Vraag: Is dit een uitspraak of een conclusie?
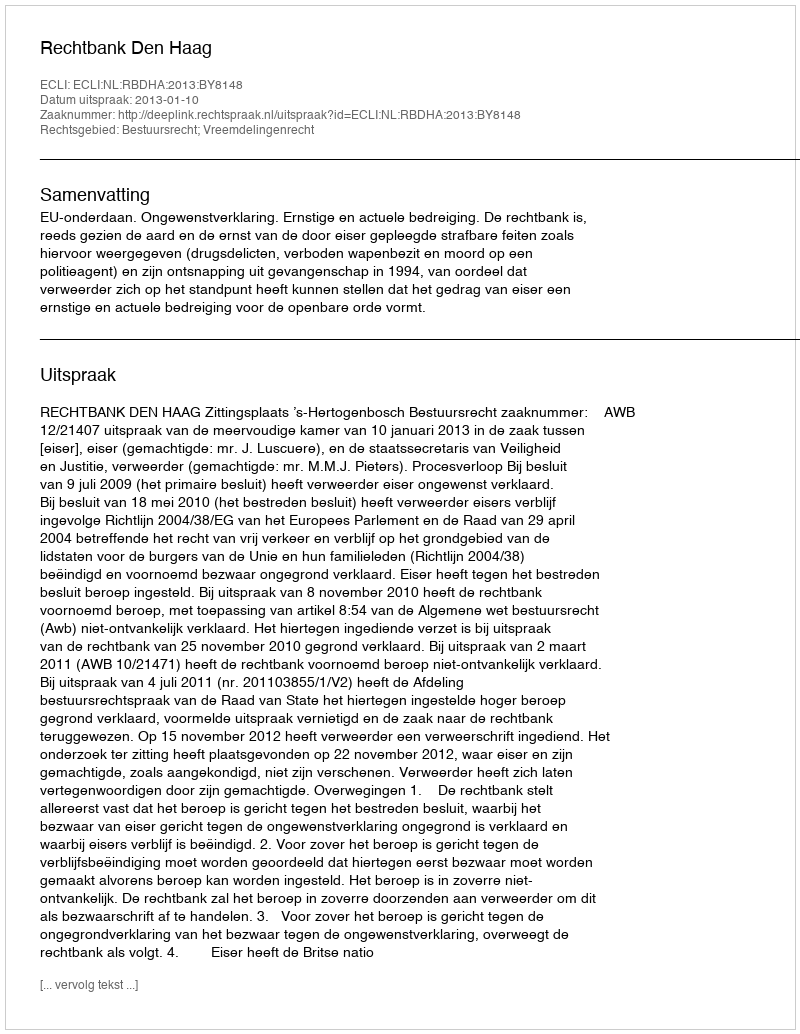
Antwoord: Uitspraak